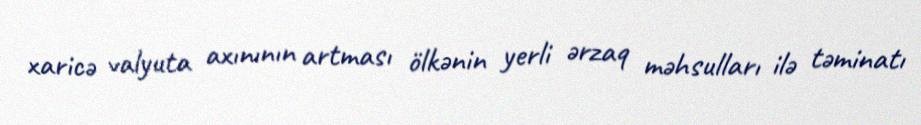
xaricə valyuta axınının artması ölkənin yerli ərzaq məhsulları ilə təminatı